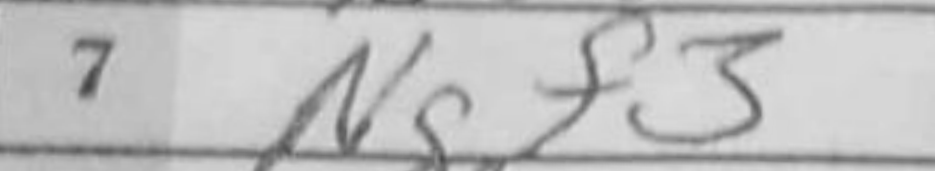
Transcription: Ngf3